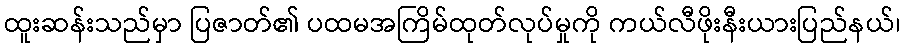
ထူးဆန်းသည်မှာ ပြဇာတ်၏ ပထမအကြိမ်ထုတ်လုပ်မှုကို ကယ်လီဖိုးနီးယားပြည်နယ်၊